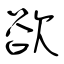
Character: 欲